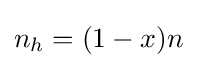
n_{h}=(1-x)n